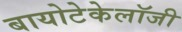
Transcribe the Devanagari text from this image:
बायोटेकेलॉजी